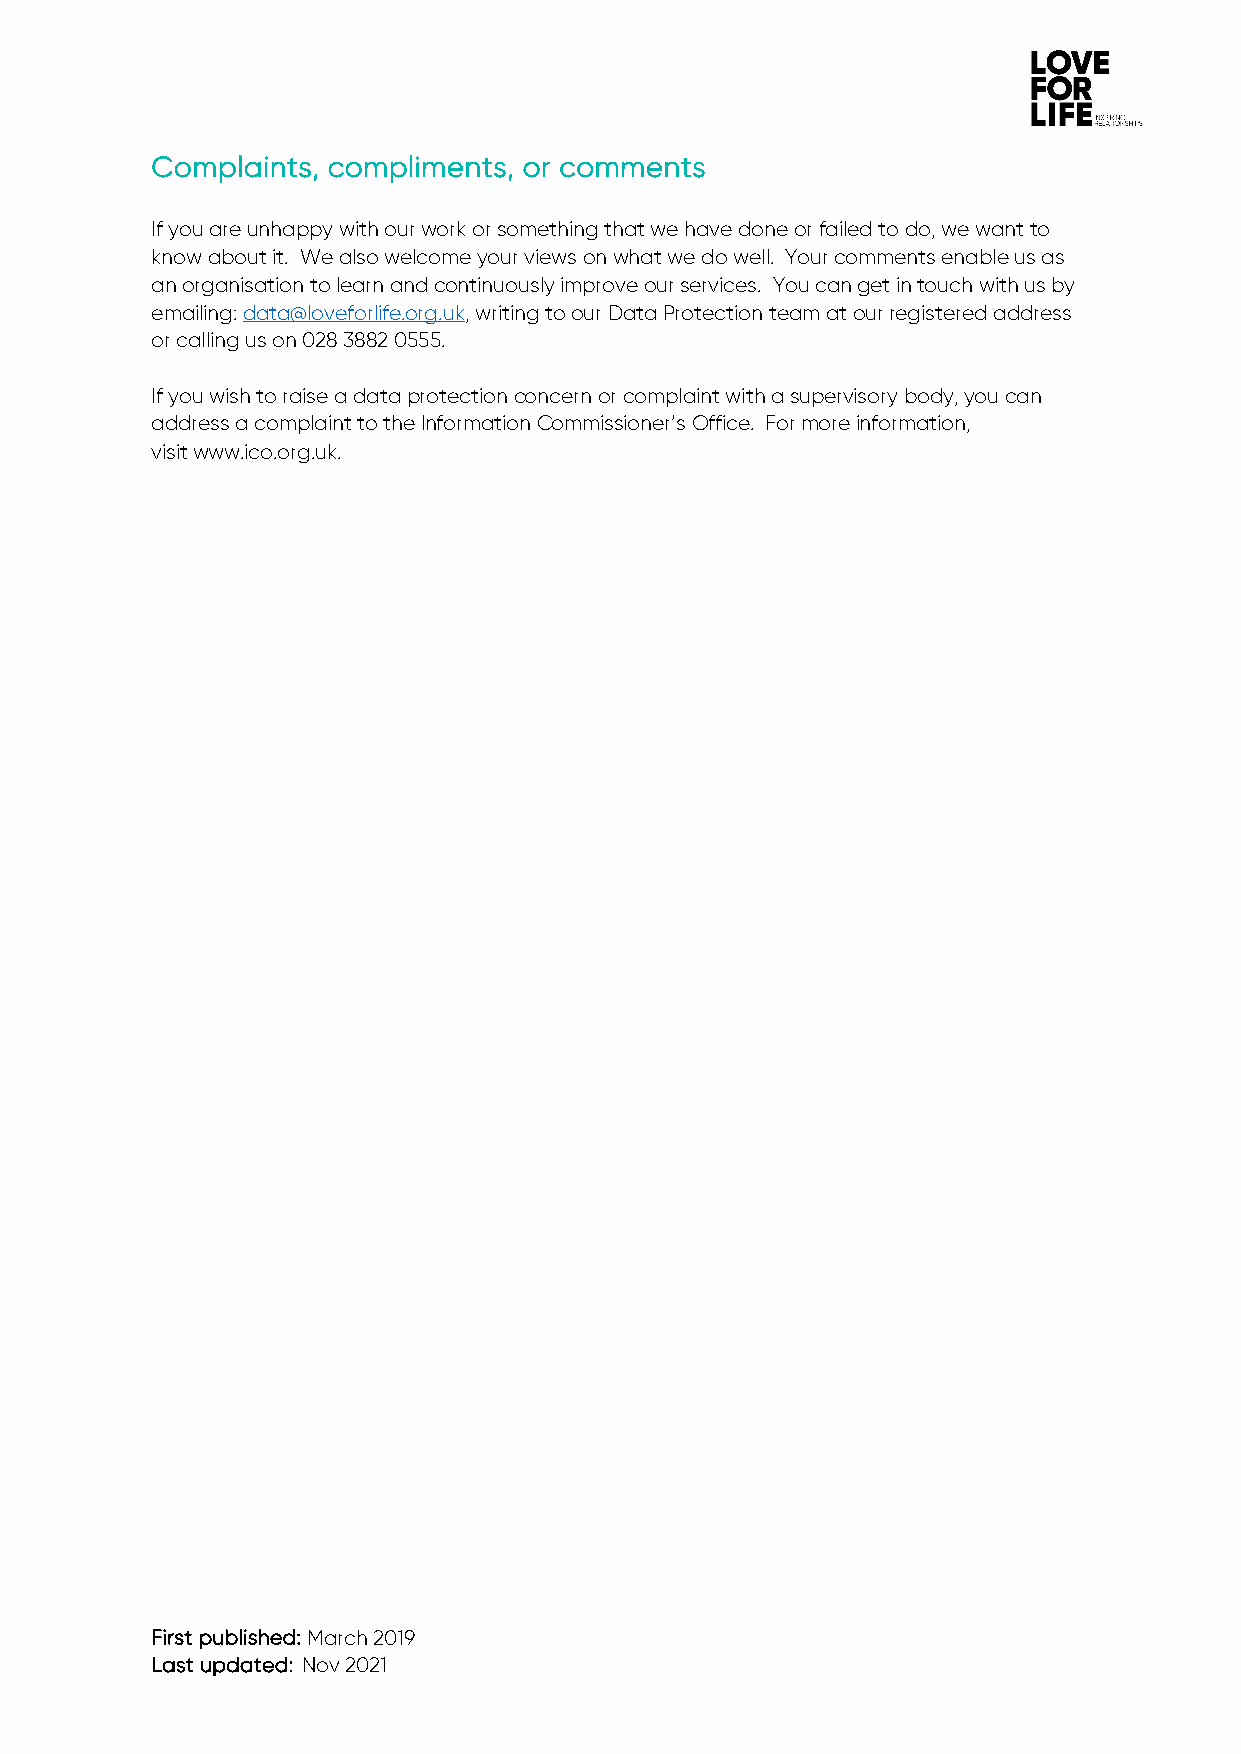
Complaints, compliments, or comments
 If you are unhappy with our work or something that we have done or failed to do, we want to
 know about it. We also welcome your views on what we do well. Your comments enable us as
 an organisation to learn and continuously improve our services. You can get in touch with us by
 emailing: data@loveforlife.org.uk, writing to our Data Protection team at our registered address
 or calling us on 028 3882 0555.
 If you wish to raise a data protection concern or complaint with a supervisory body, you can
 address a complaint to the Information Commissioner’s Office. For more information,
 visit www.ico.org.uk.
 First published: March 2019
 Last updated: Nov 2021